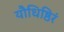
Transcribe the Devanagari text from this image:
यौधिष्ठिरं